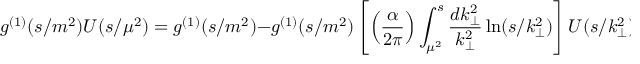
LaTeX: g ^ { ( 1 ) } ( s / m ^ { 2 } ) U ( s / \mu ^ { 2 } ) = g ^ { ( 1 ) } ( s / m ^ { 2 } ) - g ^ { ( 1 ) } ( s / m ^ { 2 } ) \left[ \left( \frac { \alpha } { 2 \pi } \right) \int _ { \mu ^ { 2 } } ^ { s } \frac { d k _ { \perp } ^ { 2 } } { k _ { \perp } ^ { 2 } } \ln ( s / k _ { \perp } ^ { 2 } ) \right] U ( s / k _ { \perp } ^ { 2 } )